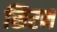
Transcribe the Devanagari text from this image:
सिरन